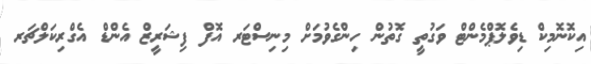
އިކޮނޮމިކް ޑިވެލޮޕްމެންޓް ވަގުތީ ގޮތުން ހިންގެވުމަށް މިނިސްޓަރ އޮފް ފިޝަރީޒް އެންޑް އެގްރިކަލްޗަރ